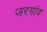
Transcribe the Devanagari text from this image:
जरगांव